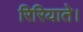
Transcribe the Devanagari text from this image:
रिरियाते।